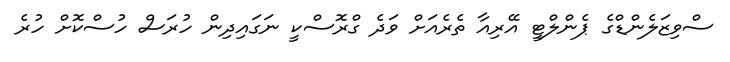
ސްވިޒަލެންޑްގެ ޕެންލްޓީ އޭރިއާ ތެރެއަށް ވަދެ ގްރޮސްކީ ނަގައިދިން ހުރަސް ހުސްކޮށް ހުރެ